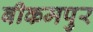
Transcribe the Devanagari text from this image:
बीकमपुर